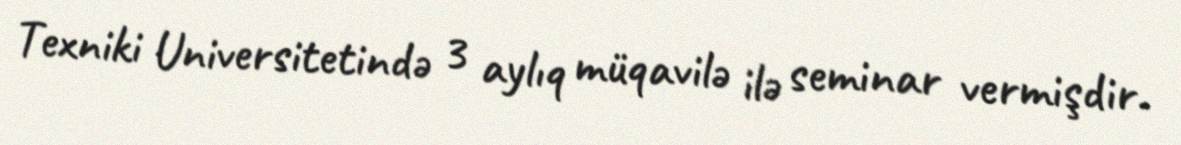
Texniki Universitetində 3 aylıq müqavilə ilə seminar vermişdir.